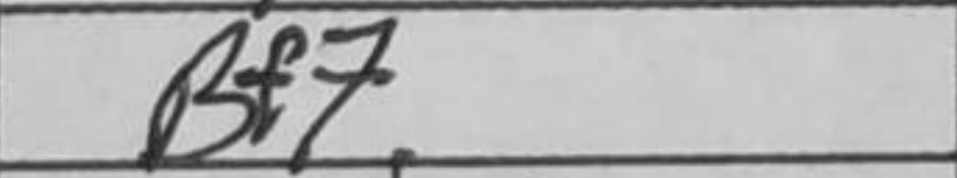
Transcription: Bf7